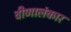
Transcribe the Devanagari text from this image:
वीणालंकार